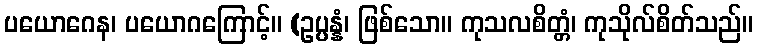
ပယောဂေန၊ ပယောဂကြောင့်။ (ဥပ္ပန္နံ၊ ဖြစ်သော။ ကုသလစိတ္တံ၊ ကုသိုလ်စိတ်သည်။